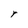
Character: r